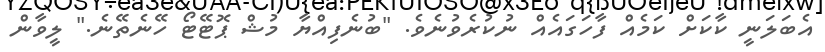
އެބަލަނީ ކާކަށް ކަމެއް ފާހަގައެއް ނުކުރެވުނެވެ. "ބުނެފިއްޔާ މުޝް ޕޮޓޭޓޯ ހޭނެތޭނެ." ލީވާން